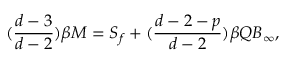
( \frac { d - 3 } { d - 2 } ) \beta M = S _ { f } + ( \frac { d - 2 - p } { d - 2 } ) \beta Q B _ { \infty } ,